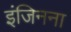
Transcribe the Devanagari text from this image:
इंजिनना